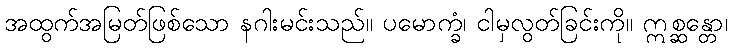
အထွက်အမြတ်ဖြစ်သော နဂါးမင်းသည်။ ပမောက္ခံ၊ ငါမှလွတ်ခြင်းကို။ ဣစ္ဆန္တော၊